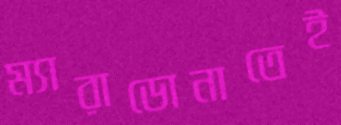
ম্যারাডোনাতেই